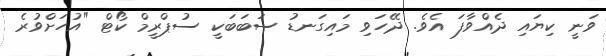
ވަނީ ކިޔައި ދެއްވާފަ އެވެ. ދޭހަވި މައިގަނޑު ސަބަބަކީ ސުޕްރީމް ކޯޓް "އުހަށްވުރެ